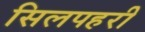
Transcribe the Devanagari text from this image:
सिलपहरी